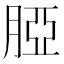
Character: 𦜖